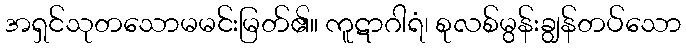
အရှင်သုတသောမမင်းမြတ်၏။ ကူဋာဂါရံ၊ စုလစ်မွန်းချွန်တပ်သော